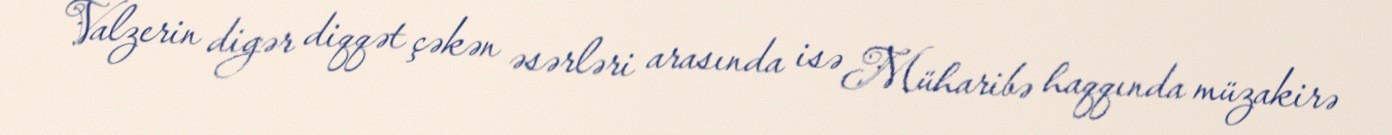
Valzerin digər diqqət çəkən əsərləri arasında isə Müharibə haqqında müzakirə